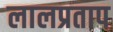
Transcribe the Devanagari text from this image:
लालप्रताप